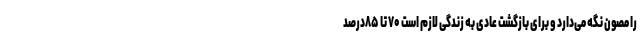
را مصون نگه می‌دارد و برای بازگشت عادی به زندگی لازم است ۷۰ تا ۸۵درصد